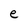
Character: e